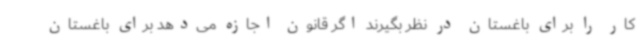
کار را برای باغستان در نظر بگیرند اگر قانون اجازه می‌دهد برای باغستان